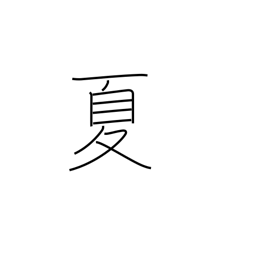
Meaning: summer